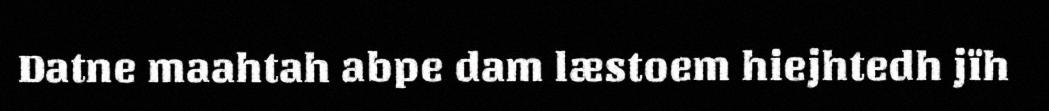
Datne maahtah abpe dam læstoem hiejhtedh jïh